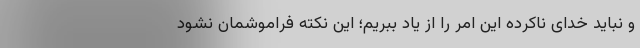
و نباید خدای ناکرده این امر را از یاد ببریم؛ این نکته فراموشمان نشود